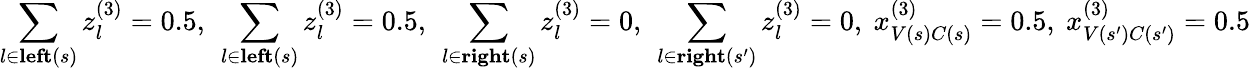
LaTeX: \sum_{l\in\textbf{left}(s)}z_{l}^{(3)}=0.5,~\sum_{l\in\textbf{left}(s)}z_{l}^{(3)}=0.5,~\sum_{l\in\textbf{right}(s)}z_{l}^{(3)}=0,~\sum_{l\in\textbf{right}(s^{\prime})}z_{l}^{(3)}=0,~x_{V(s)C(s)}^{(3)}=0.5,~x_{V(s^{\prime})C(s^{\prime})}^{(3)}=0.5